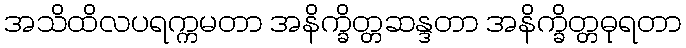
အသိထိလပရက္ကမတာ အနိက္ခိတ္တဆန္ဒတာ အနိက္ခိတ္တဓုရတာ